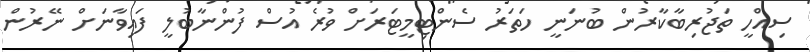
ސިއްހީ ތަޖުރިބާކާރުން ބުނަނީ ހަތަރު ސެންޓިމީޓަރަށް ވުރެ އުސް ފުންނާބުލީ ފައިވާނަށް ނޭރުން